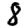
Digit: 8